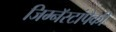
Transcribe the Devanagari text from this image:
जिम्नॅस्टांपैकी